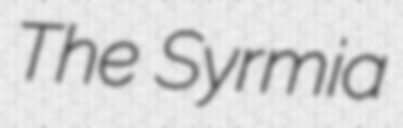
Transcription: The Syrmia